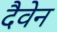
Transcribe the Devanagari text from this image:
दैवेन